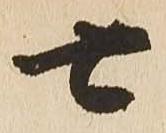
七